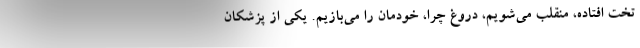
تخت افتاده، منقلب می‌شویم، دروغ چرا، خودمان را می‌بازیم. یکی از پزشکان